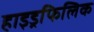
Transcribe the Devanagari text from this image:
हाइड्रफिलिक